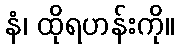
နံ၊ ထိုရဟန်းကို။